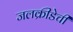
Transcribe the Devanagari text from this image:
जलक्रीडेची